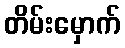
တိမ်းမှောက်